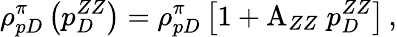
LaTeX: \rho_{pD}^{\pi}\left(p_{D}^{ZZ}\right)=\rho_{pD}^{\pi}\left[1+{\mathrm A}_{ZZ}\; p_{D}^{ZZ}\right]\, ,